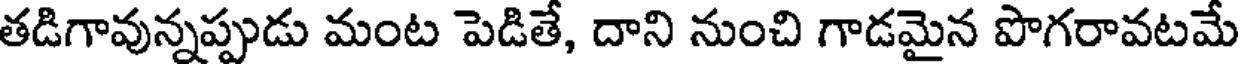
తడిగావున్నప్పుడు మంట పెడితే, దాని నుంచి గాడమైన పొగరావటమే